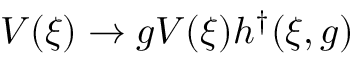
{ \cal V } ( \xi ) \rightarrow g { \cal V } ( \xi ) h ^ { \dagger } ( \xi , g ) \,